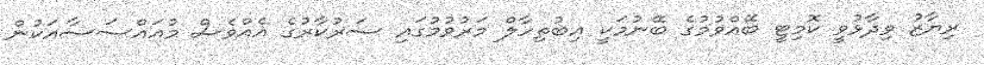
ރިޔާޒު ވިދާޅުވީ ކޮމިޓީ ބޭއްވުމުގެ ބޭނުމަކީ އިބުތިހާލް މަރުވުމުގައި ސަރުކާރުގެ އެއްވެސް މުއައްސަސާއަކުން